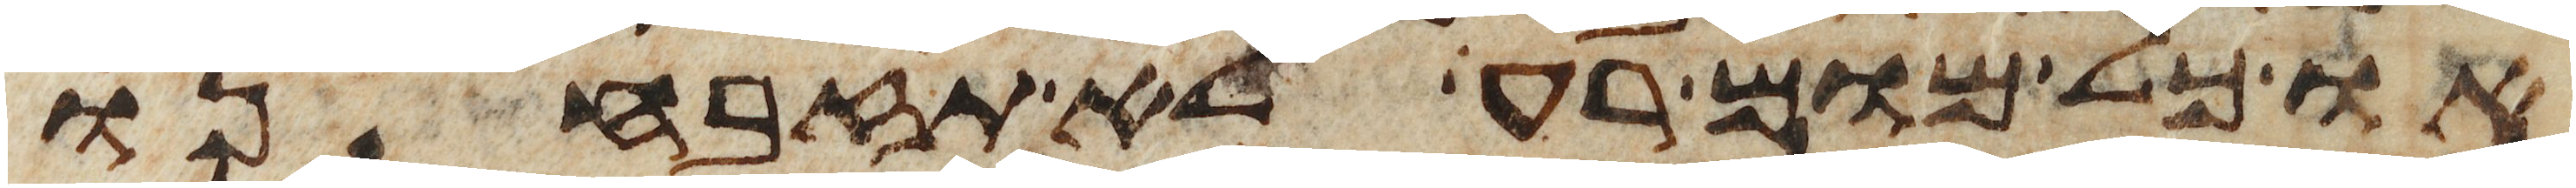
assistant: או כל מום רע לא תזבחנו